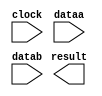
// megafunction wizard: %LPM_MULT%VBB%
// GENERATION: STANDARD
// VERSION: WM1.0
// MODULE: lpm_mult 

// ============================================================
// Megafunction Name(s):
// 			lpm_mult
//
// Simulation Library Files(s):
// 			lpm
// ============================================================
// ************************************************************
// THIS IS A WIZARD-GENERATED FILE. DO NOT EDIT THIS FILE!
//
// 17.1.0 Build 590 10/25/2017 SJ Lite Edition
// ************************************************************

//Copyright (C) 2017  Intel Corporation. All rights reserved.
//Your use of Intel Corporation's design tools, logic functions 
//and other software and tools, and its AMPP partner logic 
//functions, and any output files from any of the foregoing 
//(including device programming or simulation files), and any 
//associated documentation or information are expressly subject 
//to the terms and conditions of the Intel Program License 
//Subscription Agreement, the Intel Quartus Prime License Agreement,
//the Intel FPGA IP License Agreement, or other applicable license
//agreement, including, without limitation, that your use is for
//the sole purpose of programming logic devices manufactured by
//Intel and sold by Intel or its authorized distributors.  Please
//refer to the applicable agreement for further details.

module frac_mult (
	clock,
	dataa,
	datab,
	result);

	input	  clock;
	input	[26:0]  dataa;
	input	[26:0]  datab;
	output	[53:0]  result;

endmodule

// ============================================================
// CNX file retrieval info
// ============================================================
// Retrieval info: PRIVATE: AutoSizeResult NUMERIC "1"
// Retrieval info: PRIVATE: B_isConstant NUMERIC "0"
// Retrieval info: PRIVATE: ConstantB NUMERIC "0"
// Retrieval info: PRIVATE: INTENDED_DEVICE_FAMILY STRING "Cyclone IV E"
// Retrieval info: PRIVATE: LPM_PIPELINE NUMERIC "2"
// Retrieval info: PRIVATE: Latency NUMERIC "1"
// Retrieval info: PRIVATE: SYNTH_WRAPPER_GEN_POSTFIX STRING "0"
// Retrieval info: PRIVATE: SignedMult NUMERIC "0"
// Retrieval info: PRIVATE: USE_MULT NUMERIC "1"
// Retrieval info: PRIVATE: ValidConstant NUMERIC "0"
// Retrieval info: PRIVATE: WidthA NUMERIC "27"
// Retrieval info: PRIVATE: WidthB NUMERIC "27"
// Retrieval info: PRIVATE: WidthP NUMERIC "54"
// Retrieval info: PRIVATE: aclr NUMERIC "0"
// Retrieval info: PRIVATE: clken NUMERIC "0"
// Retrieval info: PRIVATE: new_diagram STRING "1"
// Retrieval info: PRIVATE: optimize NUMERIC "1"
// Retrieval info: LIBRARY: lpm lpm.lpm_components.all
// Retrieval info: CONSTANT: LPM_HINT STRING "MAXIMIZE_SPEED=9"
// Retrieval info: CONSTANT: LPM_PIPELINE NUMERIC "2"
// Retrieval info: CONSTANT: LPM_REPRESENTATION STRING "UNSIGNED"
// Retrieval info: CONSTANT: LPM_TYPE STRING "LPM_MULT"
// Retrieval info: CONSTANT: LPM_WIDTHA NUMERIC "27"
// Retrieval info: CONSTANT: LPM_WIDTHB NUMERIC "27"
// Retrieval info: CONSTANT: LPM_WIDTHP NUMERIC "54"
// Retrieval info: USED_PORT: clock 0 0 0 0 INPUT NODEFVAL "clock"
// Retrieval info: USED_PORT: dataa 0 0 27 0 INPUT NODEFVAL "dataa[26..0]"
// Retrieval info: USED_PORT: datab 0 0 27 0 INPUT NODEFVAL "datab[26..0]"
// Retrieval info: USED_PORT: result 0 0 54 0 OUTPUT NODEFVAL "result[53..0]"
// Retrieval info: CONNECT: @clock 0 0 0 0 clock 0 0 0 0
// Retrieval info: CONNECT: @dataa 0 0 27 0 dataa 0 0 27 0
// Retrieval info: CONNECT: @datab 0 0 27 0 datab 0 0 27 0
// Retrieval info: CONNECT: result 0 0 54 0 @result 0 0 54 0
// Retrieval info: GEN_FILE: TYPE_NORMAL frac_mult.v TRUE
// Retrieval info: GEN_FILE: TYPE_NORMAL frac_mult.inc FALSE
// Retrieval info: GEN_FILE: TYPE_NORMAL frac_mult.cmp FALSE
// Retrieval info: GEN_FILE: TYPE_NORMAL frac_mult.bsf FALSE
// Retrieval info: GEN_FILE: TYPE_NORMAL frac_mult_inst.v FALSE
// Retrieval info: GEN_FILE: TYPE_NORMAL frac_mult_bb.v TRUE
// Retrieval info: LIB_FILE: lpm